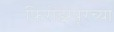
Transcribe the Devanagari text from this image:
फिरोझपूरच्या